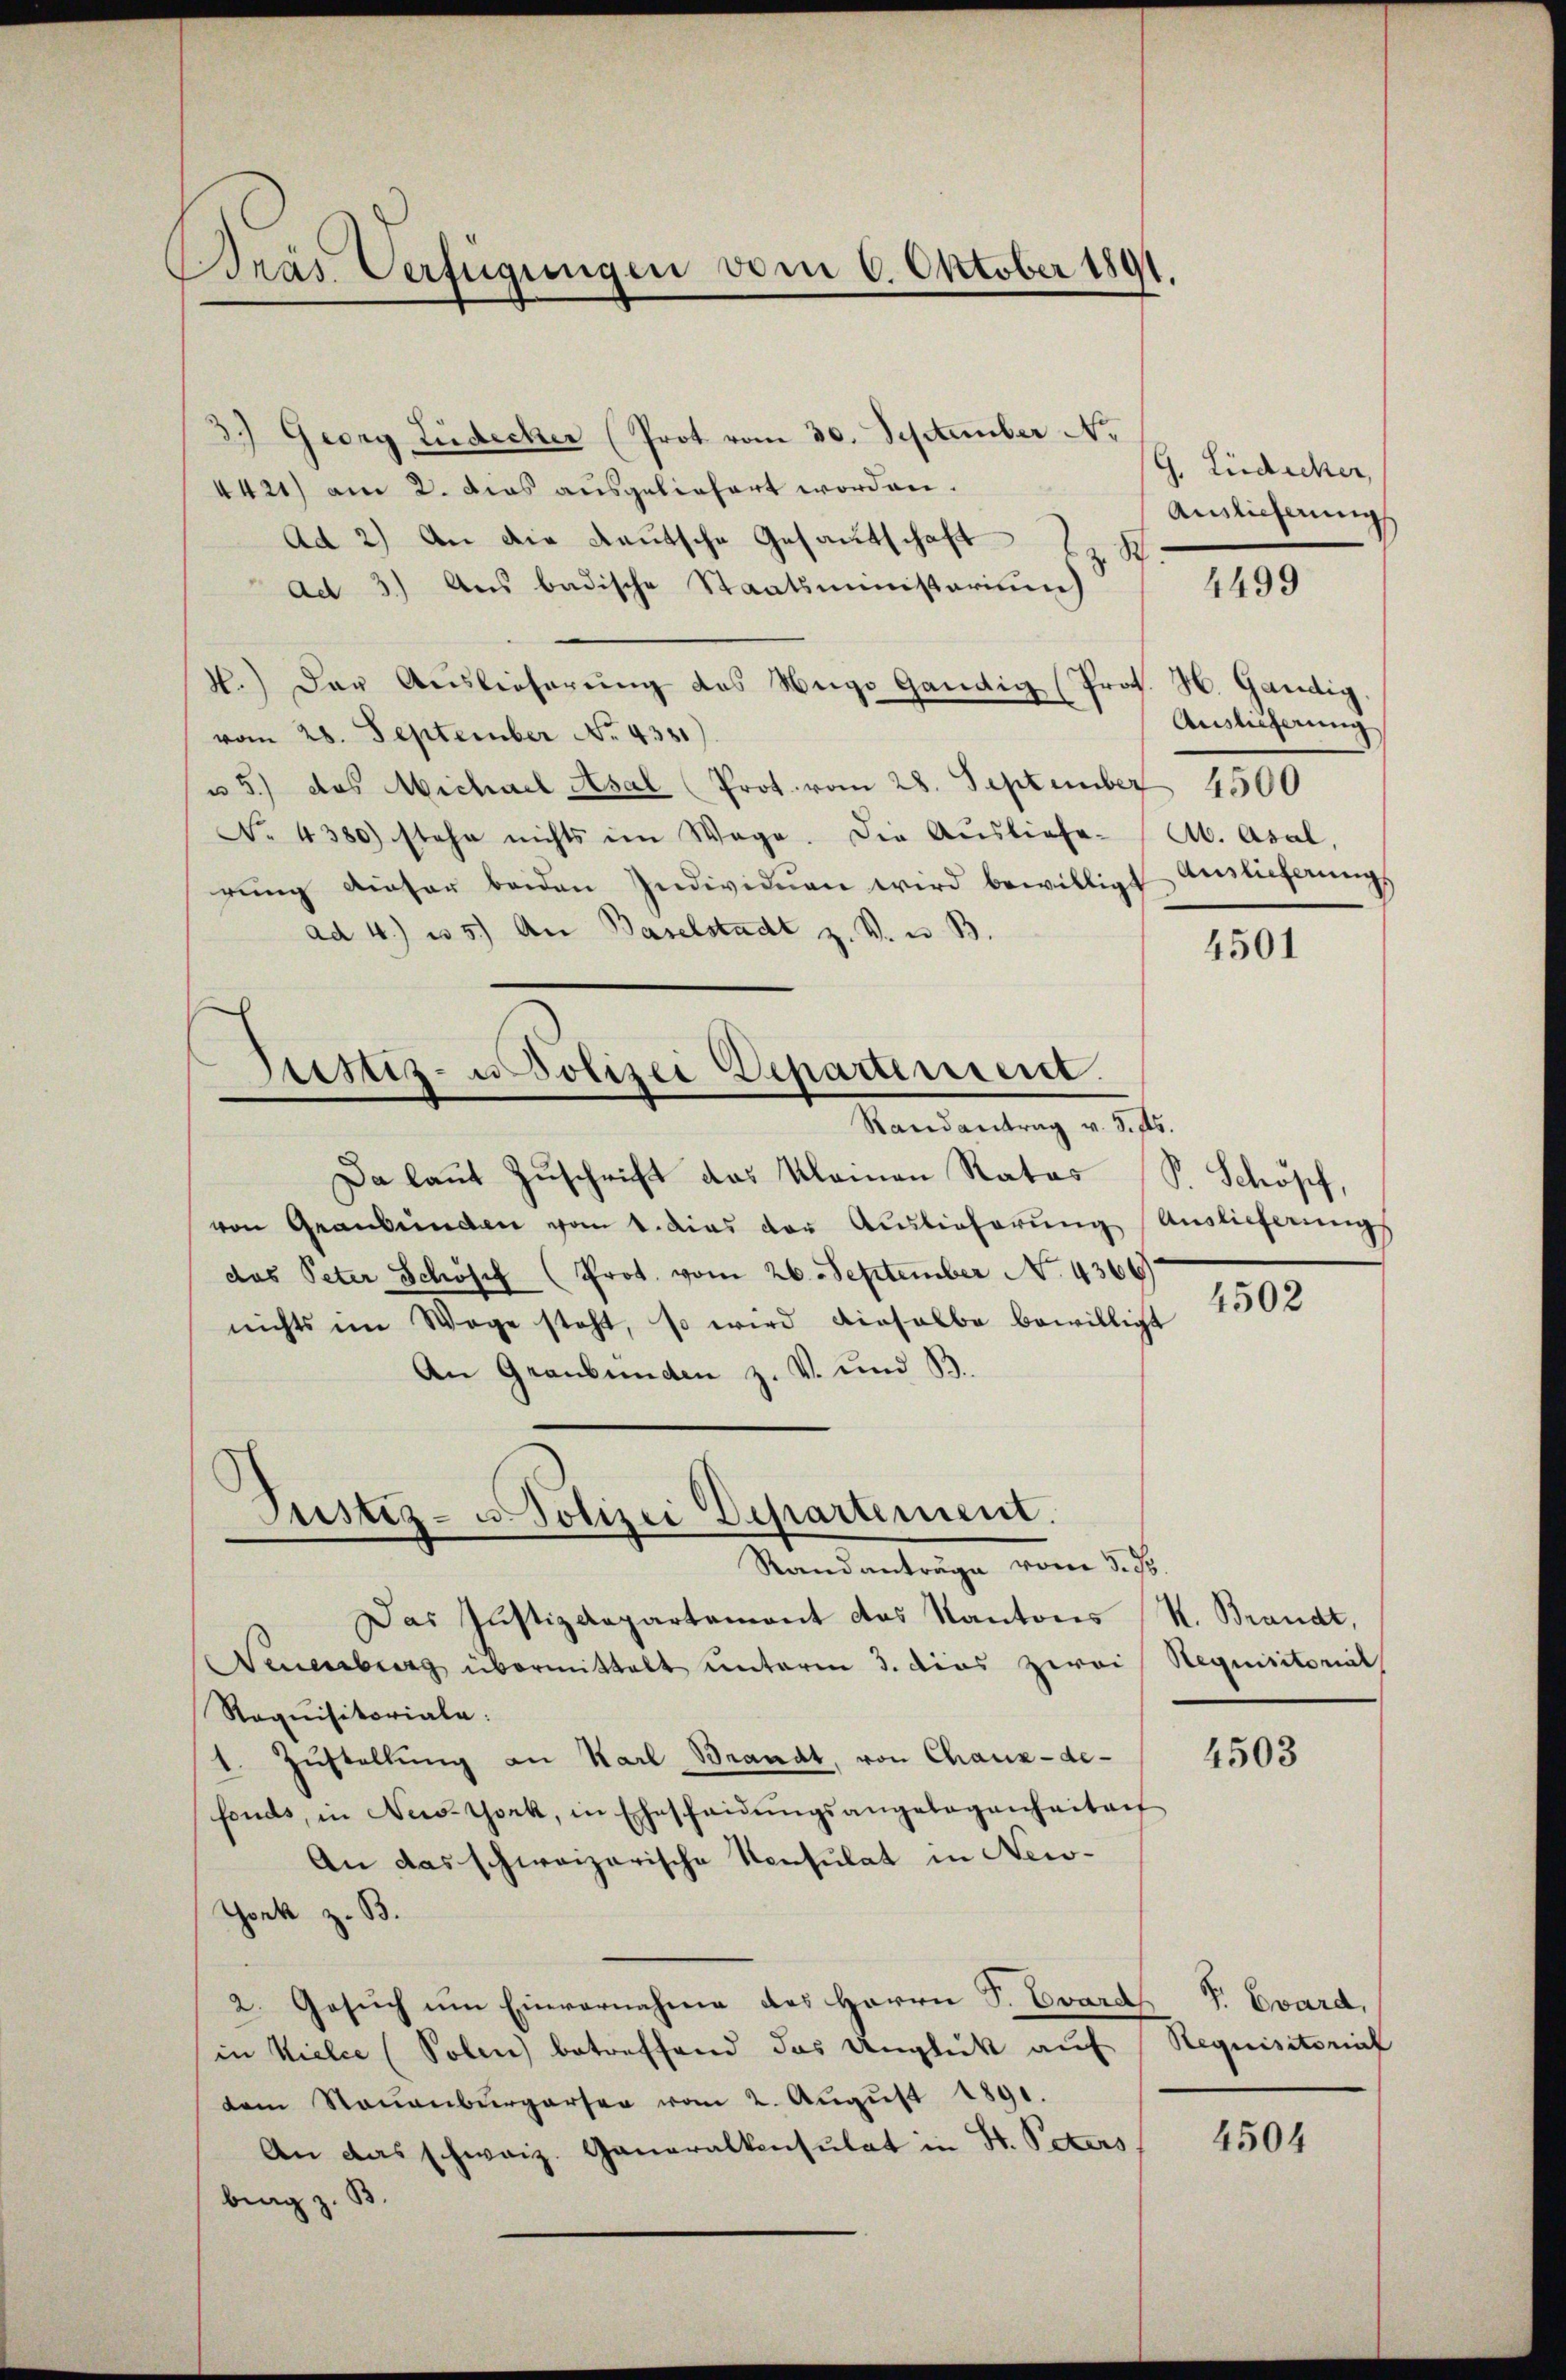
Brás Verfügungen vom 6. Oktober 1891.

3.) Georg Lüdecker (Prot vom 30. September Nr.
4421) am 2. Dies ausgeliefert worden.
Ad 2) An die deutsche Gesamtschaft
ad 3.) Aus badische Staatsministerium
N.) Der Auslieferung des Hugo Gändig (Prok. H. Gändig
vom 28. September No. 4331)
u 5) das Michael Asal Prot. vom 28. September 4500
No. 4380) stehe nichts im Wege. Die Ausliefe- Ab. Asal,
rŭng dieser beiden Individuen wird bewilligt Auslieferungs
ad 4.) u 5.) An Baselstadt z. B. u. B.
Da laut Zuschrift das Kleinen Ratos S. Schöpf,
von Graubünden vom 1. dies der Auslieferung Auslieferungs
das Peter Schosef (Prot. vom 26. September No. 4366.
nichts im Wege steht, so wird einhalbe bewilligt
An Graubünden z. V. und B
Justiz-Polizei Departement.
Randanträge vom 5. ds.
Das Justizdepartement das Kantons R. Brandt,
Neuenburg übermittelt unterm 3. dies zwei Requisitorial
Raquisitoriala:
1. Zustellung an Karl Brandt, von Chaux-de-
fonds, in New-York, in Ehescheidŭngsangelegenheitret
An das schweizerische Konsulat in New-
York z. B.
2. Gesuch um Einvernahme des Herrn P. Evard P. Evard,
in Kielce (Solen betreffend das Unglück auf Requisitorial
dem Stauenburgersen vom 2. August 1891.
An das schweiz. Generalkonsulat in H. Peters 4504
brag z. B.

Justiz- u Polizei Departement.
Randantrag v. 3. fs.

G. Lüdecker,
Auslieferung
.

4499

Auslieferung

4501

4502

4503